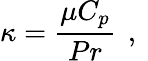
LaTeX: \kappa=\frac{\mu C_{p}}{Pr}\, \mathrm{~,~}